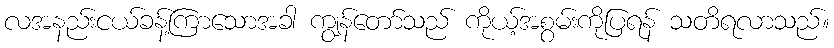
လအနည်းငယ်ခန့်ကြာသောအခါ ကျွန်တော်သည် ကိုယ့်အစွမ်းကိုပြရန် သတိရလာသည်။